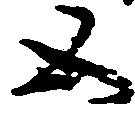
五